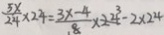
\frac { 5 x } { 2 4 } \times 2 4 = \frac { 3 x - 4 } { 8 } \times 2 4 - 2 \times 2 4